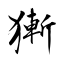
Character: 獑